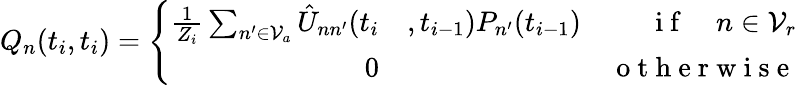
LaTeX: Q_{n}(t_{i},t_{i})=\left\{ \begin{array}{rlr}{\frac{1}{Z_{i}}\sum_{n^{\prime}\in\mathcal{V}_{a}}\hat{U}_{nn^{\prime}}(t_{i}}&{{},t_{i-1})P_{n^{\prime}}(t_{i-1})}&{\mathrm{~i~f~}\quad n\in\mathcal{V}_{r}}\\ {0}&{{}}&{\mathrm{~o~t~h~e~r~w~i~s~e~}}\end{array}\right.